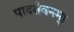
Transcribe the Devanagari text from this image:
पादसेवनम्।